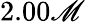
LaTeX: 2.00\mathscr{M}